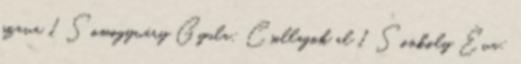
szava 1 Somogyváry Gyula: Csillagok al 1 Sonkoly Éva: